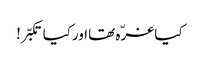
کیا غرّہ تھا اورکیا تکبّر!